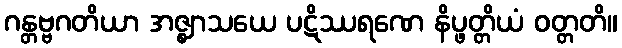
ဂန္တဗ္ဗဂတိယာ အဇ္ဈာသယေ ပဋိဿရဏေ နိပ္ဖတ္တိယံ ဝတ္တတိ။